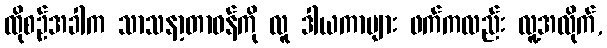
ထိုစဉ်အခါက သာသနာ့တာဝန်ကို လူ ဒါယကာများ ဖက်ကလည်း လူ့အလိုက်,